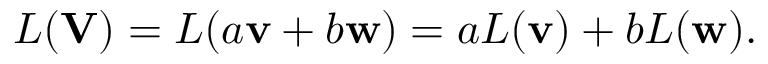
L ( \mathbf { V } ) = L ( a \mathbf { v } + b \mathbf { w } ) = a L ( \mathbf { v } ) + b L ( \mathbf { w } ) .